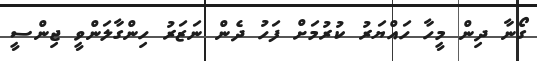
ގޯނާ ދިން މީހާ ހައްޔަރު ކުރުމަށް ފަހު ދެން ނަޒަރު ހިންގާލަންވީ ޖިންސީ